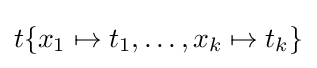
t\{x_{1}\mapsto t_{1},\ldots ,x_{k}\mapsto t_{k}\}